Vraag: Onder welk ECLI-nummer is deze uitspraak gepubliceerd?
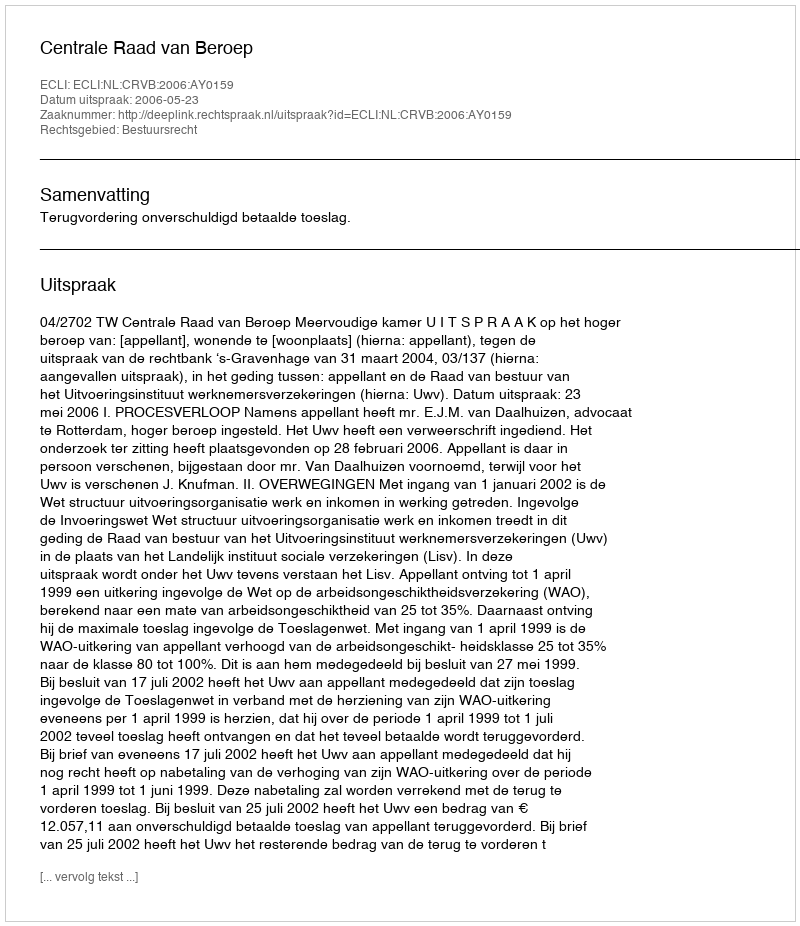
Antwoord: ECLI:NL:CRVB:2006:AY0159